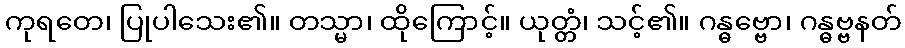
ကုရတေ၊ ပြုပါသေး၏။ တသ္မာ၊ ထိုကြောင့်။ ယုတ္တံ၊ သင့်၏။ ဂန္ဓဗ္ဗော၊ ဂန္ဓဗ္ဗနတ်